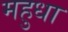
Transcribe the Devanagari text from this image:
महुधा